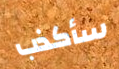
سأكذب